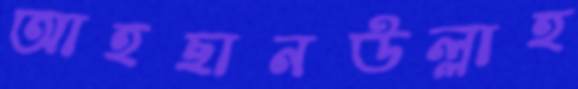
আহছানউল্লাহ